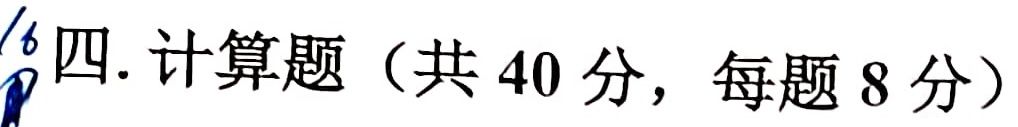
四. 计算题（共 40 分，每题 8 分）